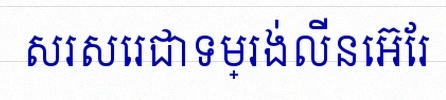
សរសេរជាទម្រង់លីនេអ៊ែរ